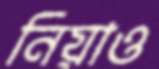
নিয়াও